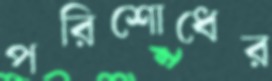
পরিশোধের